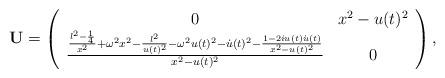
LaTeX: \begin{align*}\bf{U} = \left( \begin{array}{cc} 0 & x^2 - u(t)^2 \\ \frac{\frac{l^2 - \frac{1}{4}}{x^2} + \omega^2 x^2 -\frac{l^2}{u(t)^2}-\omega^2 u(t)^2 - \dot{u}(t)^2- \frac{1 - 2iu(t) \dot{u}(t) }{x^2 - u(t)^2 }}{x^2 - u(t)^2} & 0 \end{array} \right) ,\end{align*}